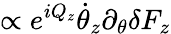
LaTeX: \propto e^{iQ_{z}}\dot{\theta}_{z}\partial_{\theta}\delta F_{z}